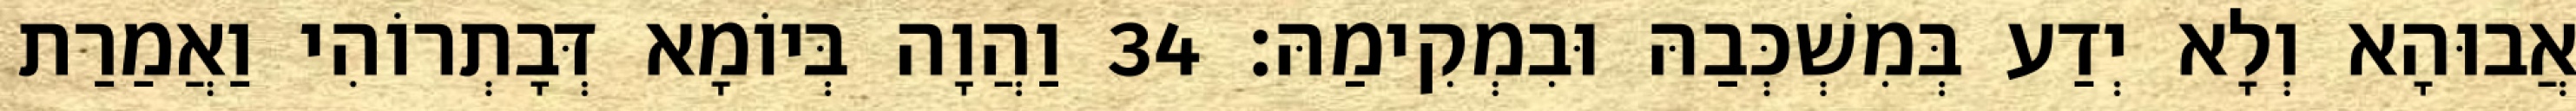
אֲבוּהָא וְלָא יְדַע בְּמִשְׁכְּבַהּ וּבִמְקִימַהּ׃ 34 וַהֲוָה בְּיוֹמָא דְּבָתְרוֹהִי וַאֲמַרַת